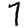
Digit: 7